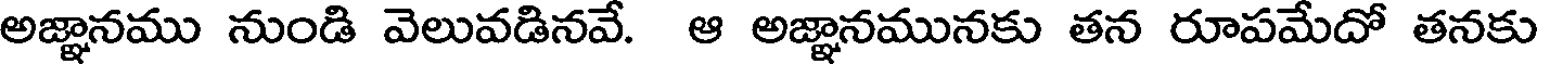
అజ్ఞానము నుండి వెలువడినవే. ఆ అజ్ఞానమునకు తన రూపమేదో తనకు